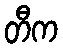
တီက